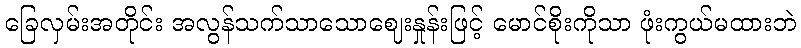
ခြေလှမ်းအတိုင်း အလွန်သက်သာသောဈေးနှုန်းဖြင့် မောင်စိုးကိုသာ ဖုံးကွယ်မထားဘဲ